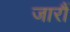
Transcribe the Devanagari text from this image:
जारौं